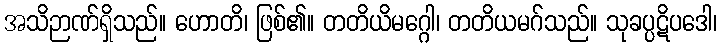
အသိဉာဏ်ရှိသည်။ ဟောတိ၊ ဖြစ်၏။ တတိယိမဂ္ဂေါ၊ တတိယမဂ်သည်။ သုခပ္ပဋိပဒေါ၊